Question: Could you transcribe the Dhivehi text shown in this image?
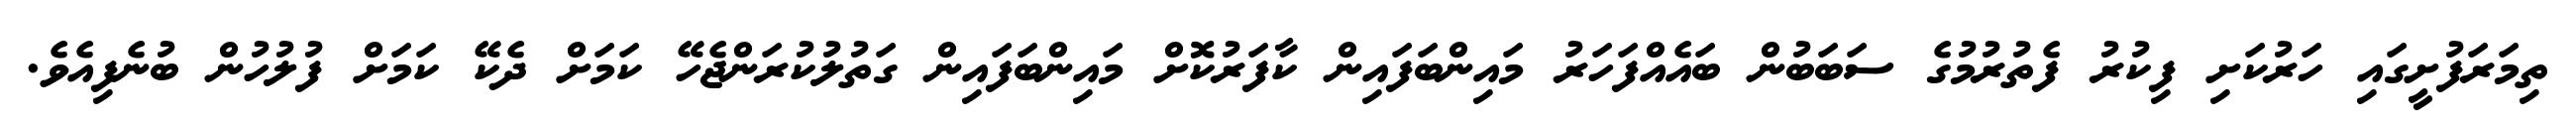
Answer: ތިމަރަފުށީގައި ހަރުކަށި ފިކުރު ފެތުރުމުގެ ސަބަބުން ބައެއްފަހަރު މައިންބަފައިން ކާފަރުކޮށް މައިންބަފައިން ގަތުލުކުރަންޖެހޭ ކަމަށް ދެކޭ ކަމަށް ފުލުހުން ބުނެފިއެވެ.